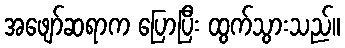
အဖျော်ဆရာက ပြောပြီး ထွက်သွားသည်။